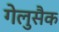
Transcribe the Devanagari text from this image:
गेलुसैक